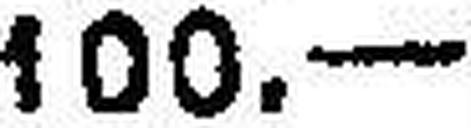
100.—